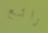
رائع